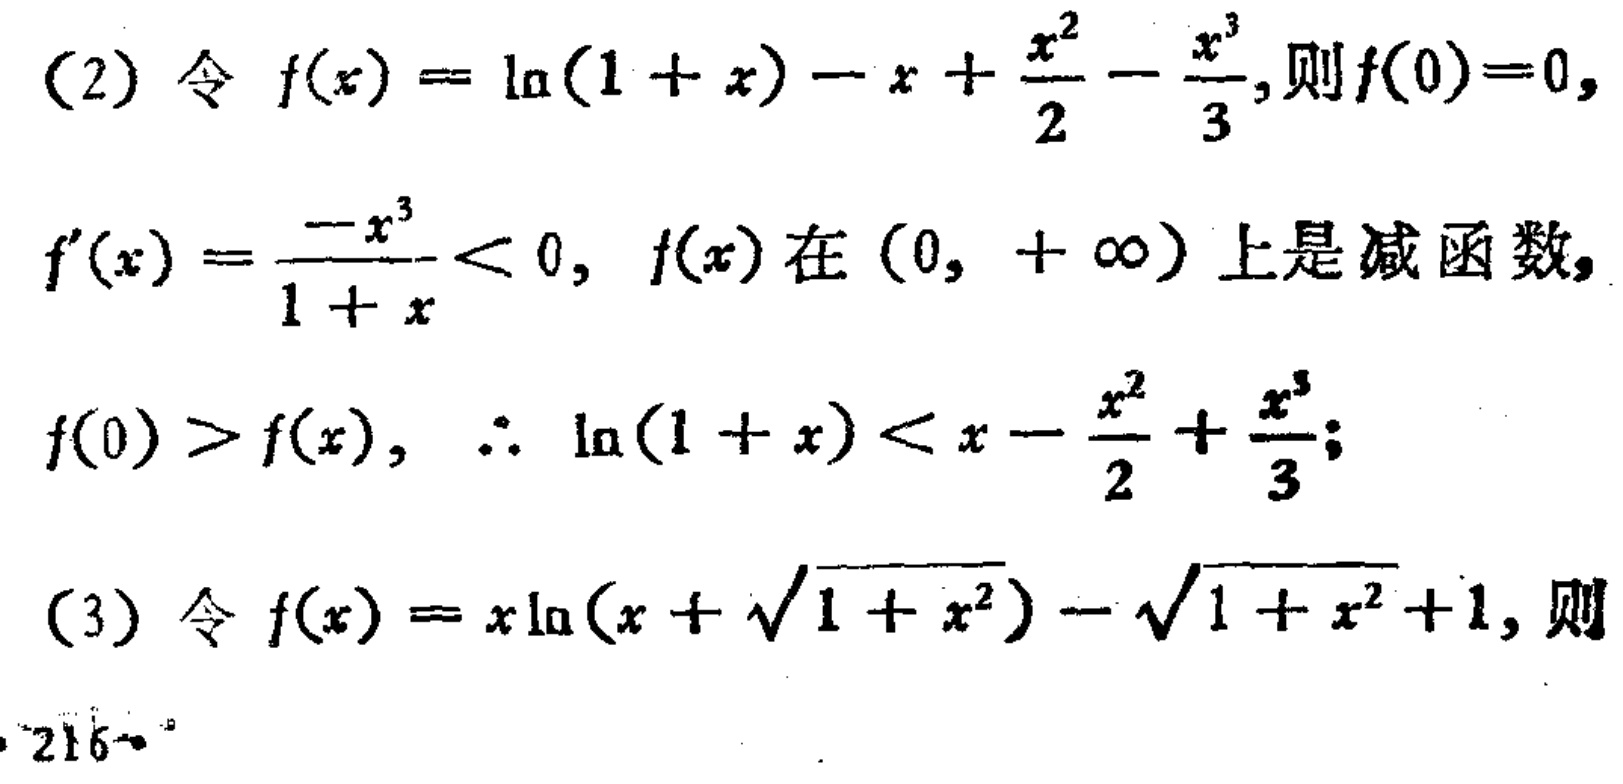
(2) 令 \(f(x)=\ln(1 + x)-x+\frac{x^{2}}{2}-\frac{x^{3}}{3}\), 则 \(f(0)=0\),
\(f^{\prime}(x)=\frac{-x^{3}}{1 + x}<0\), \(f(x)\) 在 \((0,+\infty)\) 上是减函数,
\(f(0)>f(x)\), \(\therefore \ln(1 + x)<x-\frac{x^{2}}{2}+\frac{x^{3}}{3}\);
(3) 令 \(f(x)=x\ln(x+\sqrt{1 + x^{2}})-\sqrt{1 + x^{2}}+1\), 则